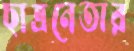
ছাত্রনেতার